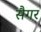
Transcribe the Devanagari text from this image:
सैगर